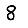
Digit: 8